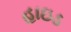
હાઇડ